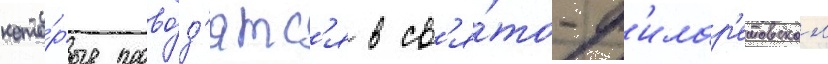
кото́рые прово́д'ятс'я в св'я́то-ф'илар'етовском